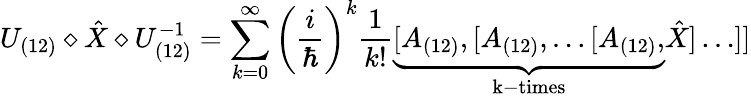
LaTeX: U_{(12)}\diamond\hat{X}\diamond U_{(12)}^{-1}=\sum_{k=0}^{\infty}\left(\frac{i}{\hbar}\right)^{k}\frac{1}{k!}\underbrace{[A_{(12)},[A_{(12)},\ldots[A_{(12)},}_{\mathrm{k-times}}\hat{X}]\ldots]]